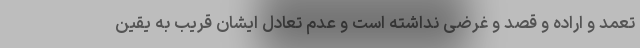
تعمد و اراده و قصد و غرضی نداشته است و عدم تعادل ایشان قریب به یقین